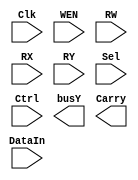
module simple_calculator(
    Clk,
    WEN,
    RW,
    RX,
    RY,
    DataIn,
    Sel,
    Ctrl,
    busY,
    Carry
);

    input        Clk;
    input        WEN;
    input  [2:0] RW, RX, RY;
    input  [7:0] DataIn;
    input        Sel;
    input  [3:0] Ctrl;
    output [7:0] busY;
    output       Carry;

// declaration of wire/reg
    
// submodule instantiation
  
// combinational part
  
// sequential part


endmodule